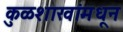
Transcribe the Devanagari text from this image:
कुळशाखांमधून